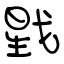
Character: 戥